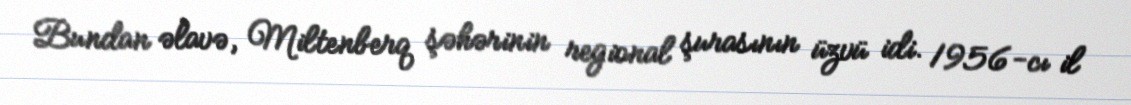
Bundan əlavə, Miltenberq şəhərinin regional şurasının üzvü idi. 1956-cı il